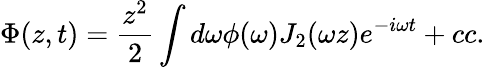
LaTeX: \Phi(z,t)={\frac{z^{2}}{2}}\int{d\omega\phi(\omega)J_{2}(\omega z)e^{-i\omega t}}+cc.